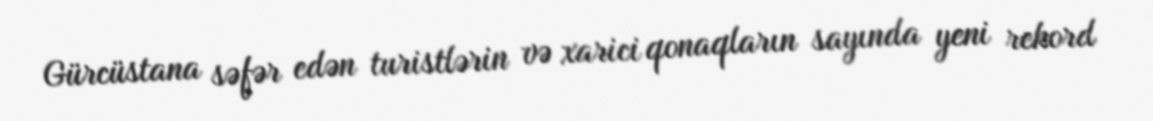
Gürcüstana səfər edən turistlərin və xarici qonaqların sayında yeni rekord